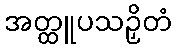
အတ္ထူပသဉှိတံ